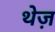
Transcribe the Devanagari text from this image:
थेज़